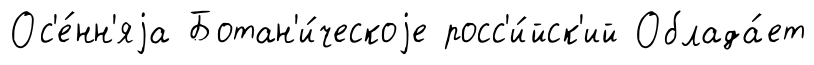
Ос'е́нн'яjа Ботан'и́ческоjе росс'и́йск'ий Облада́ет